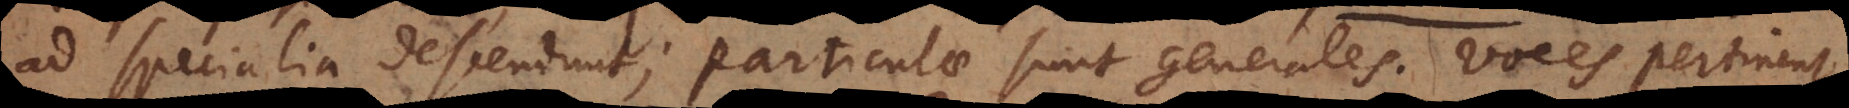
ad specialia descendunt; particulae sunt generales. Voces pertinent